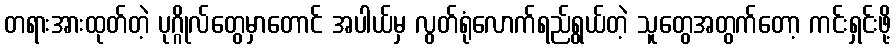
တရားအားထုတ်တဲ့ ပုဂ္ဂိုလ်တွေမှာတောင် အပါယ်မှ လွတ်ရုံလောက်ရည်ရွယ်တဲ့ သူတွေအတွက်တော့ ကင်းရှင်းဖို့